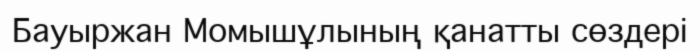
Бауыржан Момышұлының қанатты сөздері